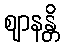
ဈာနန္တိ